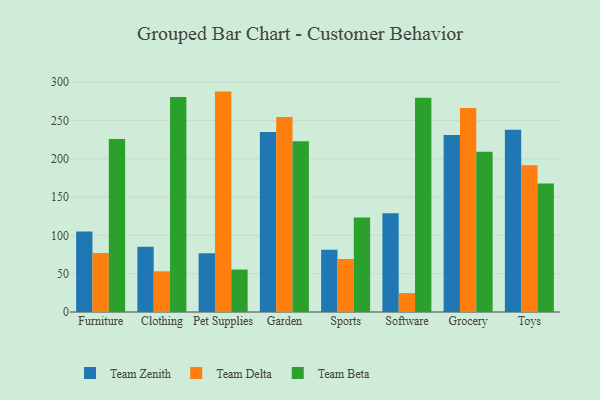
{"axis": {"x": "Category", "y": "Conversion Rate (%)"}, "legend": ["Team Beta", "Team Delta", "Team Zenith"], "data": [{"x": "Furniture", "y": 105.1, "type": "Team Zenith"}, {"x": "Furniture", "y": 76.9, "type": "Team Delta"}, {"x": "Furniture", "y": 225.9, "type": "Team Beta"}, {"x": "Clothing", "y": 85.1, "type": "Team Zenith"}, {"x": "Clothing", "y": 53.1, "type": "Team Delta"}, {"x": "Clothing", "y": 280.6, "type": "Team Beta"}, {"x": "Pet Supplies", "y": 76.8, "type": "Team Zenith"}, {"x": "Pet Supplies", "y": 287.6, "type": "Team Delta"}, {"x": "Pet Supplies", "y": 55.4, "type": "Team Beta"}, {"x": "Garden", "y": 234.8, "type": "Team Zenith"}, {"x": "Garden", "y": 254.4, "type": "Team Delta"}, {"x": "Garden", "y": 222.8, "type": "Team Beta"}, {"x": "Sports", "y": 81.1, "type": "Team Zenith"}, {"x": "Sports", "y": 69.1, "type": "Team Delta"}, {"x": "Sports", "y": 123.4, "type": "Team Beta"}, {"x": "Software", "y": 129.0, "type": "Team Zenith"}, {"x": "Software", "y": 24.7, "type": "Team Delta"}, {"x": "Software", "y": 279.5, "type": "Team Beta"}, {"x": "Grocery", "y": 231.1, "type": "Team Zenith"}, {"x": "Grocery", "y": 266.1, "type": "Team Delta"}, {"x": "Grocery", "y": 209.1, "type": "Team Beta"}, {"x": "Toys", "y": 237.8, "type": "Team Zenith"}, {"x": "Toys", "y": 191.6, "type": "Team Delta"}, {"x": "Toys", "y": 167.6, "type": "Team Beta"}]}